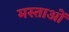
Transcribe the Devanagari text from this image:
मस्ताओं